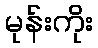
မုန်းကိုး